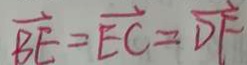
\overrightarrow { B E } = \overrightarrow { E C } = \overrightarrow { D F }